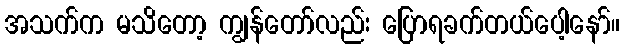
အသက်က မသိတော့ ကျွန်တော်လည်း ပြောရခက်တယ်ပေါ့နော်။